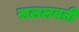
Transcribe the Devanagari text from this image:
सललवती